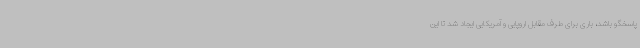
پاسخگو باشد، باری برای طرف مقابل اروپایی و آمریکایی ایجاد شد تا این